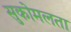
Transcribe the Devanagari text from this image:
सुकोमलता